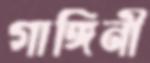
গাঙ্গিনী